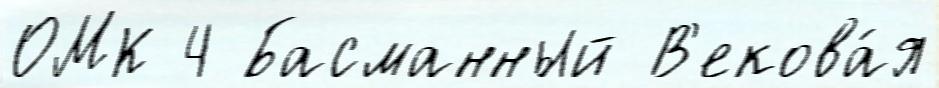
ОМК 4 Басманный В'екова́я